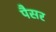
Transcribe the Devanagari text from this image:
पैसर